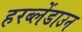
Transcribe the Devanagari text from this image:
हरब्लेंडाउन